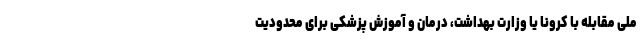
ملی مقابله با کرونا یا وزارت بهداشت، درمان و آموزش پزشکی برای محدودیت